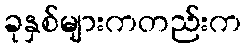
ခုနှစ်များကတည်းက